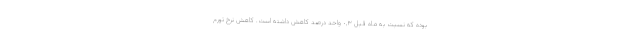
بوده که نسبت به ماه قبل ٠,٣ واحد درصد کاهش داشته است. کاهش نرخ تورم